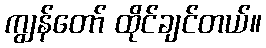
ကျွန်တော် ထိုင်ချင်တယ်။